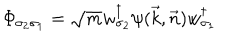
{ \mit \Phi } _ { \sigma _ { 2 } \sigma _ { 1 } } = \sqrt { m } w _ { \sigma _ { 2 } } ^ { \dagger } \psi ( \vec { k } , \vec { n } ) w _ { \sigma _ { 1 } } ^ { \dagger }